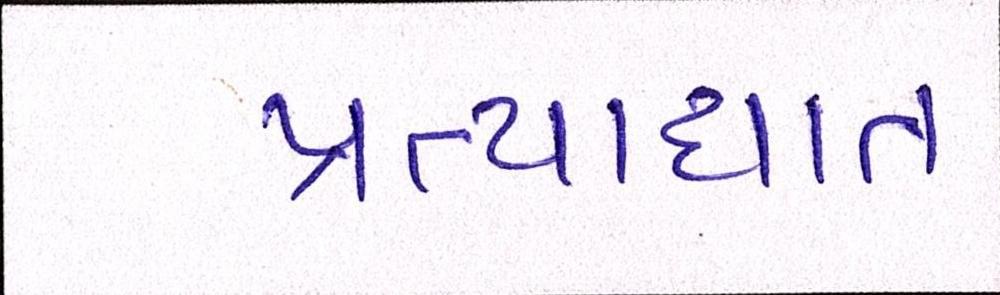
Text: પ્રત્યાઘાત